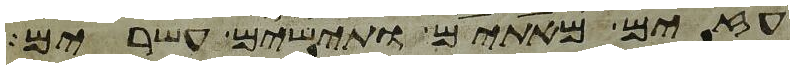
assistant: עזים מאתים ותישים עשרים